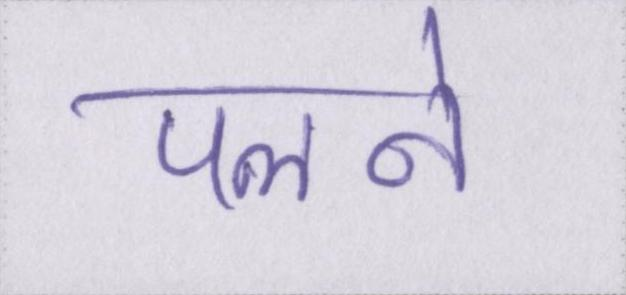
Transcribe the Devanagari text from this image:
पलने